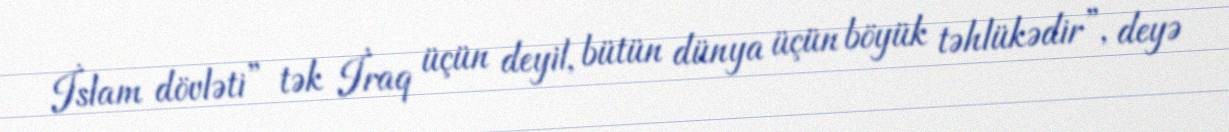
İslam dövləti” tək İraq üçün deyil, bütün dünya üçün böyük təhlükədir”, deyə